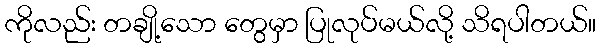
ကိုလည်း တချို့သော တွေမှာ ပြုလုပ်မယ်လို့ သိရပါတယ်။